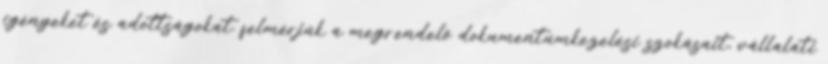
igényeket és adottságokat. felmérjük a megrendelő dokumentumkezelési szokásait, vállalati